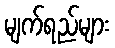
မျက်ရည်များ